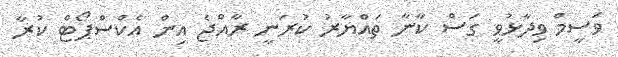
ވަސީމް ވިދާޅުވީ ގަސް ކާނާ ތައްޔާރު ކުރަނީ ރާއްޖެ އިން އެކްސްޕޯޓް ކުރާ